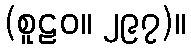
(စူဠဝ။ ၂၉၇)။